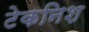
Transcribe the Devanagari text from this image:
टेकनिश